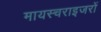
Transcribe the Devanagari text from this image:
मायस्चराइजरों